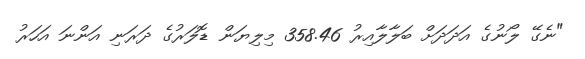
"ނެގޭ ލޯނުގެ އަދަދަށް ބަލާލާއިރު 358.46 މިލިޔަން ޑޮލަރުގެ ދަރަނި އަންނަ އަހަރު